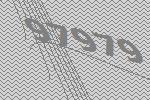
97979